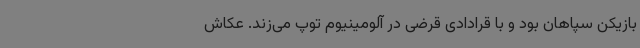
بازیکن سپاهان بود و با قرادادی قرضی در آلومینیوم توپ می‌زند. عکاش